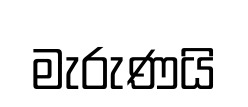
මැරුණයි